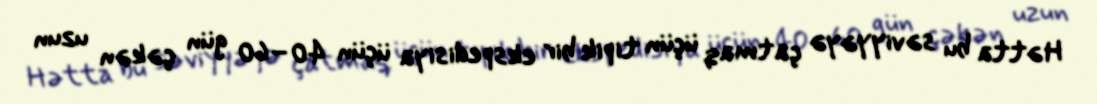
Hətta bu səviyyəyə çatmaq üçün tipik bir ekspedisiya üçün 40–60 gün çəkən uzun